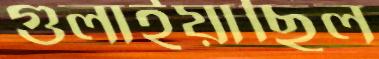
গুলাইয়াছিল